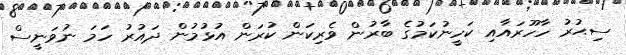
ސިޙުރު ހާހޫރައާއި ކަހީނުކަމުގެ ބާރުން ވެރިކަން ކުރަން އުޅުމުން ދައުރު ހަމަ ނުވަނީސް